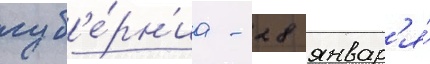
губ'е́рн'иа - 28 январ'я́